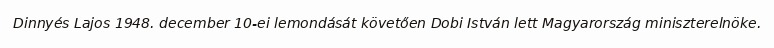
Dinnyés Lajos 1948. december 10-ei lemondását követően Dobi István lett Magyarország miniszterelnöke.